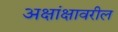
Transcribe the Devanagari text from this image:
अक्षांक्षावरील